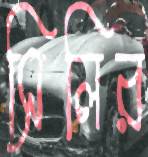
সিলির